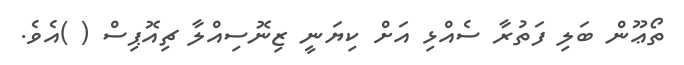
ތޯޢޫން ބަލި ފަތުރާ ސެއްޅި އަށް ކިޔަނީ ޒިނޮސިއްލާ ޗިއޮޕިސް ( )އެވެ.